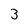
Character: 3